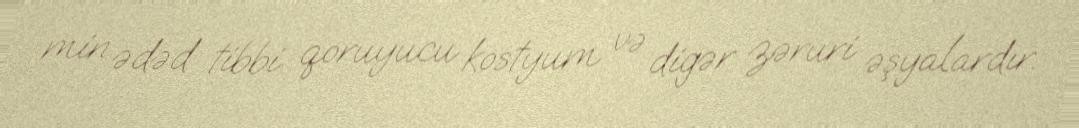
min ədəd tibbi qoruyucu kostyum və digər zəruri əşyalardır.